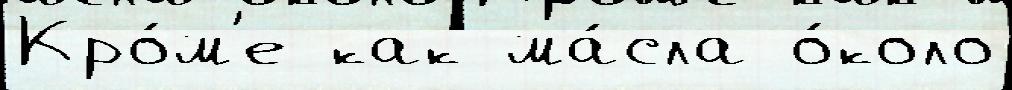
Кро́м'е как ма́сла о́коло